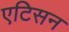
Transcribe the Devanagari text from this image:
एटिसन